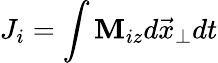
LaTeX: J_{i}=\int\mathbf{M}_{iz}d\vec{{x}}_{\perp}dt